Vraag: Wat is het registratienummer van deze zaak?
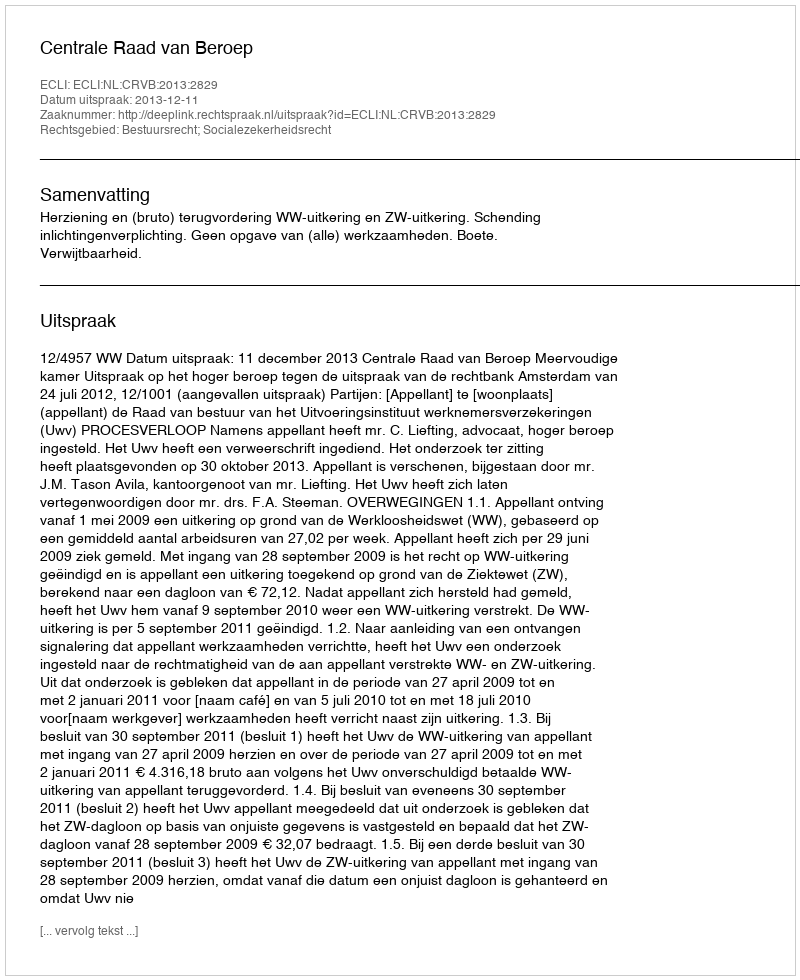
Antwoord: http://deeplink.rechtspraak.nl/uitspraak?id=ECLI:NL:CRVB:2013:2829